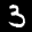
Label: 3